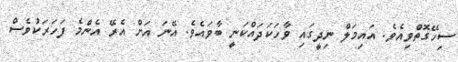
ސިހޭގޮތްވިއެވެ. އައިމަލް ނިދީގައި ވާހަކަދައްކަނީ ބާވައެވެ. އޭނަ އަށް އެރޭ އެންމެ ފަހަރަކުވެސް